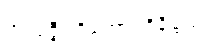
အလဇ္ဇီပရိဘောဂဝိနိစ္ဆယ။